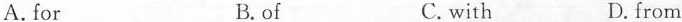
A.for B.of C.with D.from